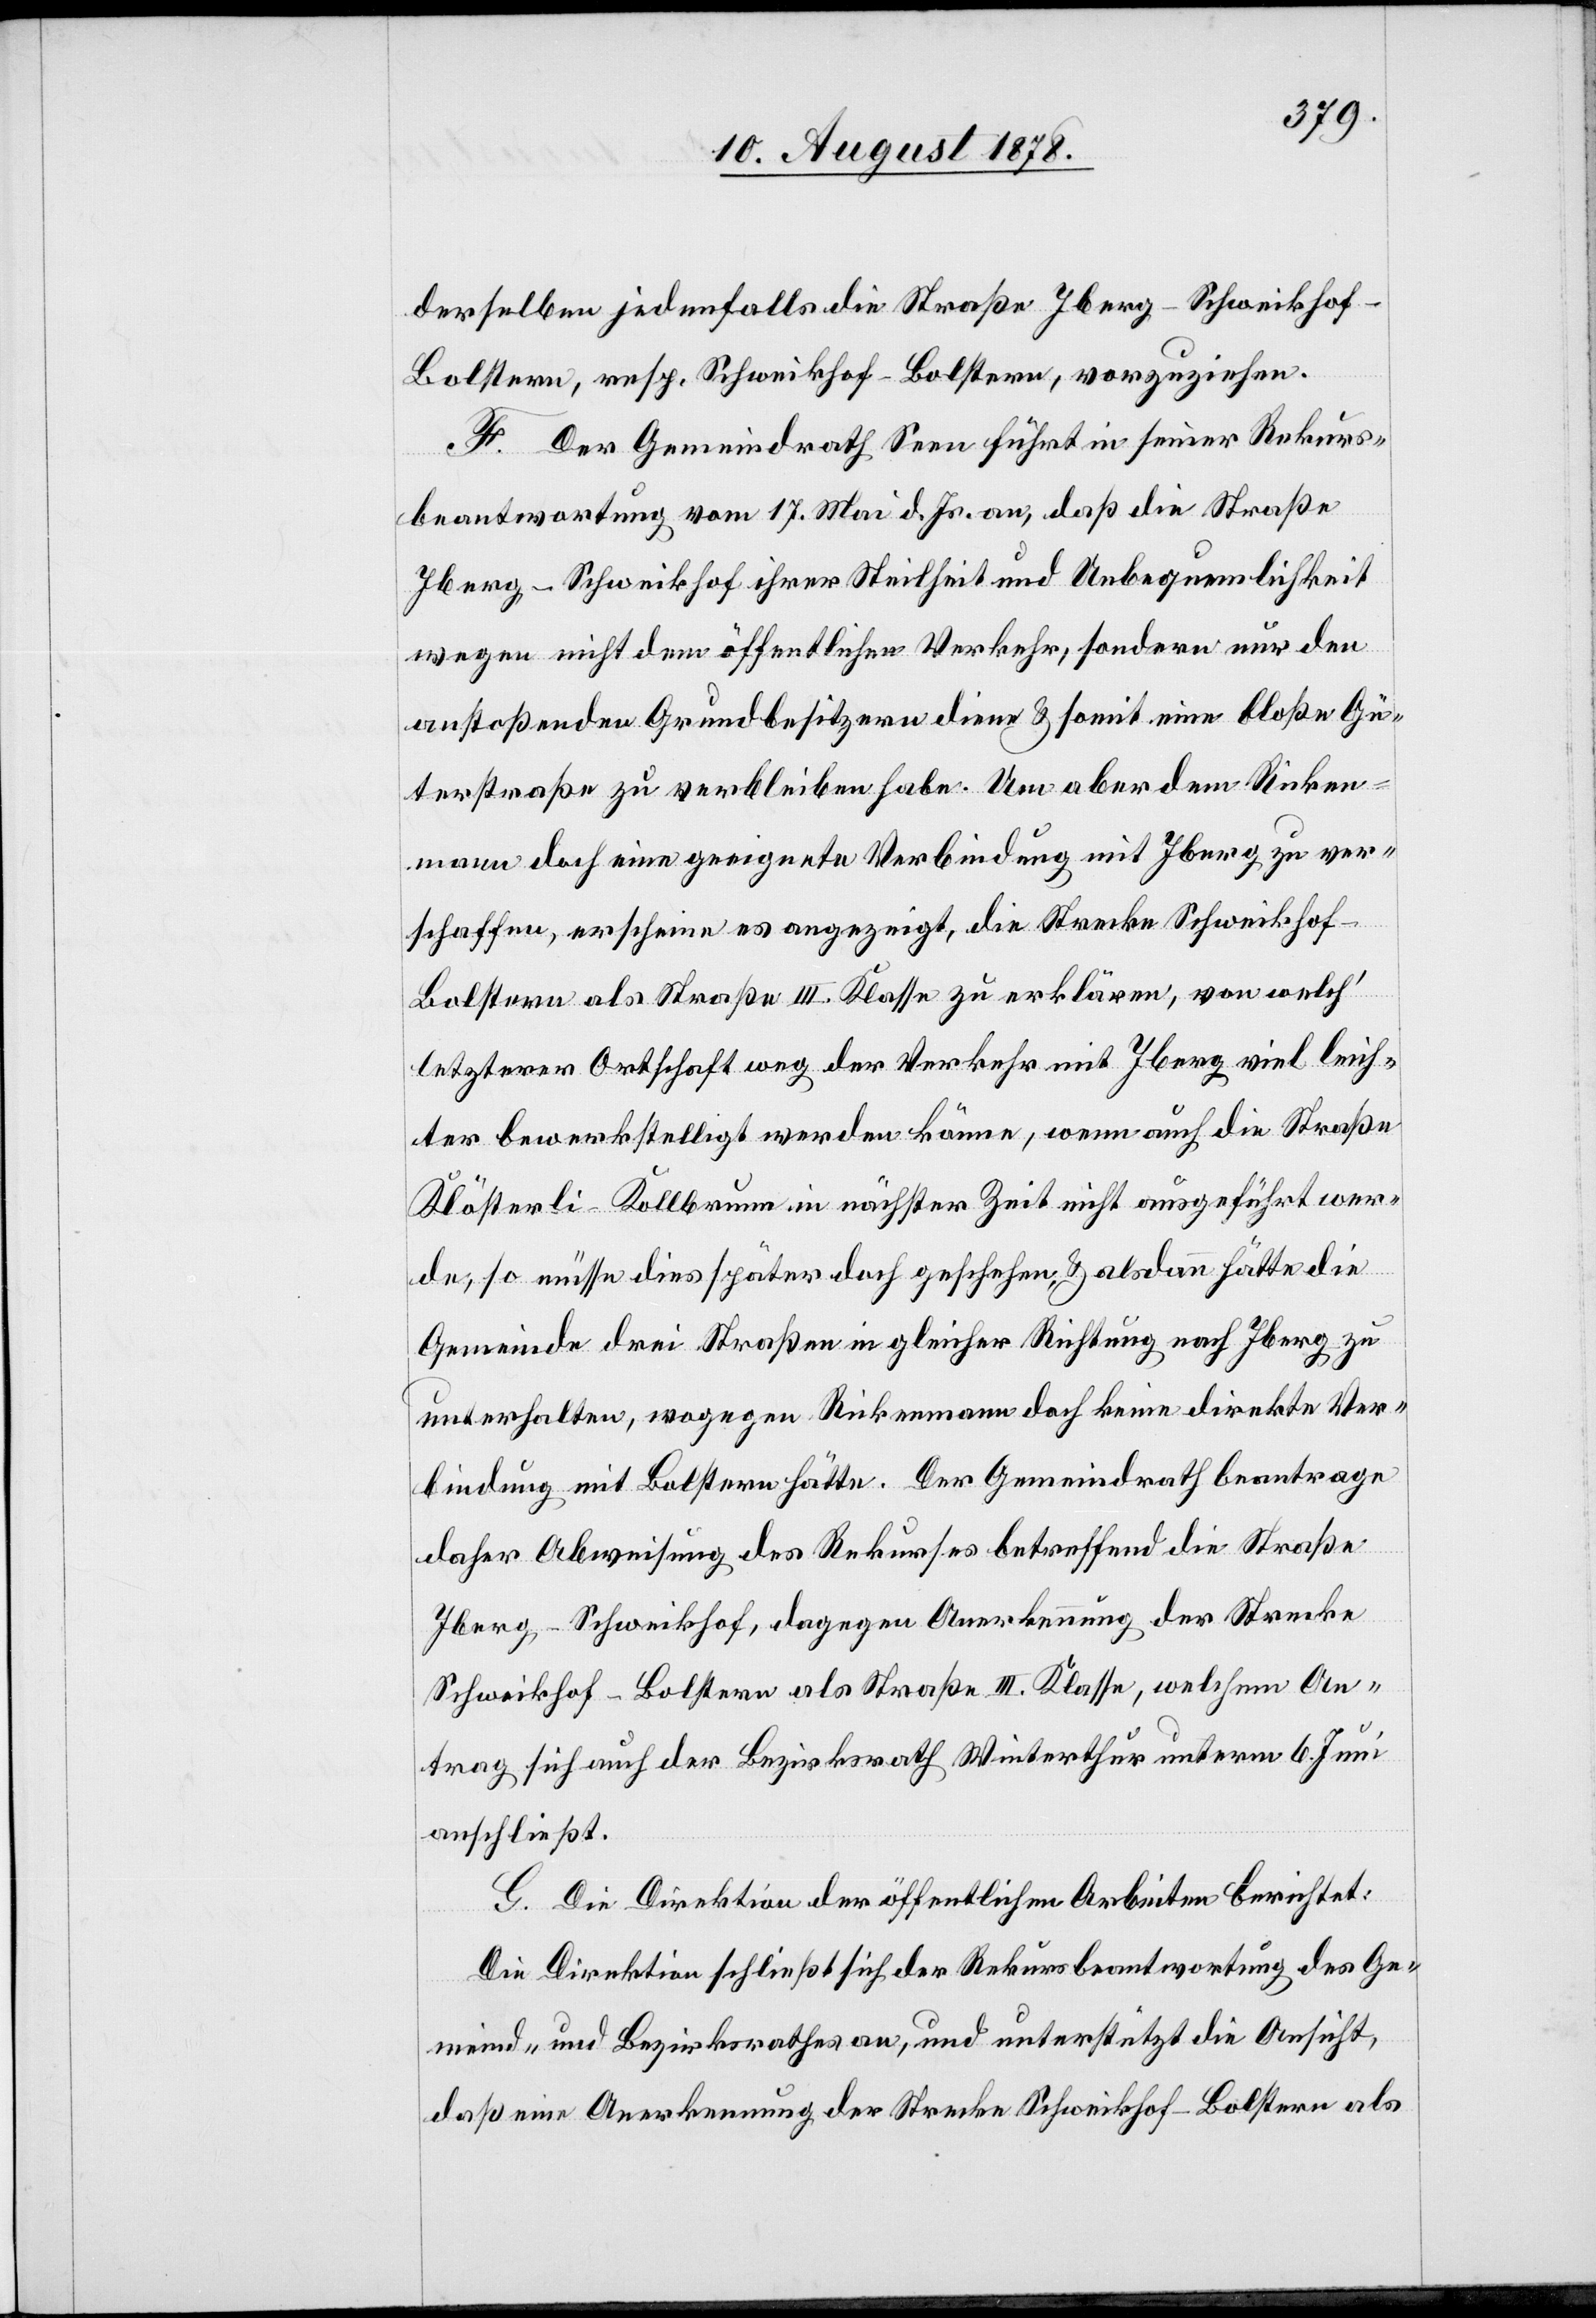
derselben jedenfalls die Straße Iberg–Schweikhof–B¬
olstern, resp. Schweikhof–Bolstern, vorzuziehen.
F. Der Gemeindrath Seen führt in seiner Rekurs¬
beantwortung vom 17. Mai d. Js. an, daß die Straße
Iberg–Schweikhof ihrer Steilheit und Unbequemlichkeit
wegen nicht dem öffentlichen Verkehr, sondern nur den
anstoßenden Grundbesitzern diene & somit eine bloße Gü¬
terstraße zu verbleiben habe. Um aber dem Ricken¬
mann doch noch eine geeignete Verbindung mit Iberg zu ver¬
schaffen, erscheine es angezeigt, die Strecke Schweikhof–B¬
olstern als Straße III. Klasse zu erklären, von welch’
letzterer Ortschaft weg der Verkehr mit Iberg viel leich¬
ter bewerkstelligt werden könne, wenn auch die Straße
Klösterli–Kollbrunn in nächster Zeit nicht ausgeführt wer¬
de, so müsse dies später doch geschehen, & alsdann hätte die
Gemeinde drei Straßen in gleicher Richtung nach Iberg zu
unterhalten, wogegen Rickenmann doch keine direkte Ver¬
bindung mit Bolstern hätte. Der Gemeindrath beantrage
daher Abweisung des Rekurses betreffend die Straße
Iberg–Schweikhof, dagegen Anerkennung der Strecke
Schweikhof–Bolstern als Straße III. Klasse, welchem An¬
trag sich auch der Bezirksrath Winterthur unterm 6. Juni
anschließt.
G. Die Direktion der öffentlichen Arbeiten berichtet:
Die Direktion schließt sich der Rekursbeantwortung des Ge¬
meind- und Bezirksrathes an, und unterstützt die Ansicht,
daß eine Anerkennung der Strecke Schweikhof–Bolstern als